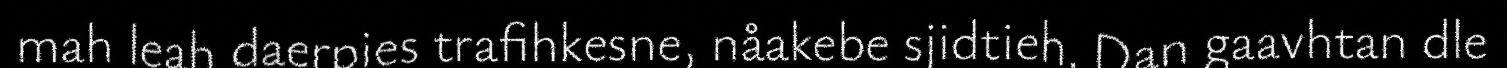
mah leah daerpies trafihkesne, nåakebe sjidtieh. Dan gaavhtan dle